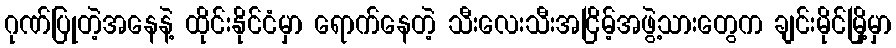
ဂုဏ်ပြုတဲ့အနေနဲ့ ထိုင်းနိုင်ငံမှာ ရောက်နေတဲ့ သီးလေးသီးအငြိမ့်အဖွဲ့သားတွေက ချင်းမိုင်မြို့မှာ